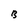
Character: B